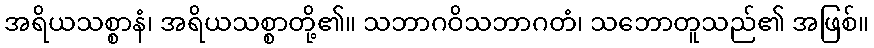
အရိယသစ္စာနံ၊ အရိယသစ္စာတို့၏။ သဘာဂဝိသဘာဂတံ၊ သဘောတူသည်၏ အဖြစ်။